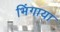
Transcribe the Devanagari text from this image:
भिंगाया